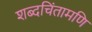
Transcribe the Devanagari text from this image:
शब्दचिंतामणि